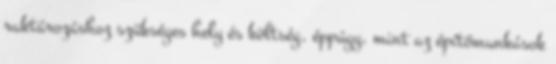
raktározáshoz szükséges hely és költség, éppúgy, mint az építőmunkások